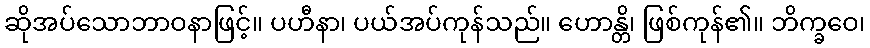
ဆိုအပ်သောဘာဝနာဖြင့်။ ပဟီနာ၊ ပယ်အပ်ကုန်သည်။ ဟောန္တိ၊ ဖြစ်ကုန်၏။ ဘိက္ခဝေ၊